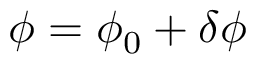
\phi = \phi _ { 0 } + \delta { \phi }